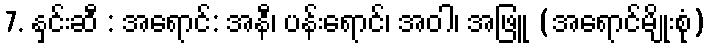
7. နှင်းဆီ : အရောင်: အနီ၊ ပန်းရောင်၊ အဝါ၊ အဖြူ (အရောင်မျိုးစုံ)